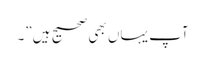
آپ یہاں بھی صحیح ہیں”۔